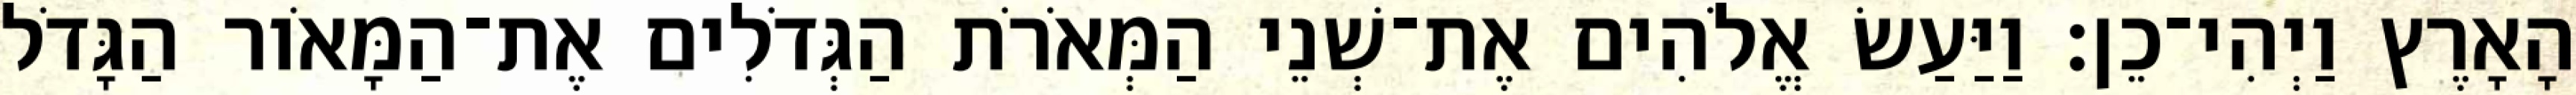
הָאָרֶץ וַיְהִי־כֵן׃ וַיַּעַשׂ אֱלֹהִים אֶת־שְׁנֵי הַמְּאֹרֹת הַגְּדֹלִים אֶת־הַמָּאֹור הַגָּדֹל